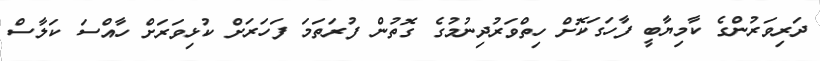
ދަރިވަރުންގެ ކާމިޔާބީ ފާހަގަކޮށް ހިތްވަރުދިނުމުގެ ގޮތުން ފުރަތަމަ ފަހަރަށް ކުޅިވަރަށް ހާއްސަ ކަލާސް